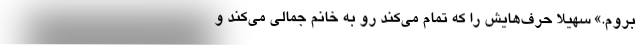
بروم.» سهیلا حرف‌هایش را که تمام می‌کند رو به خانم جمالی می‌کند و